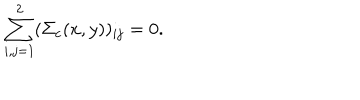
\sum _ { i , j = 1 } ^ { 2 } ( \Sigma _ { c } ( x , y ) ) _ { i j } = 0 .